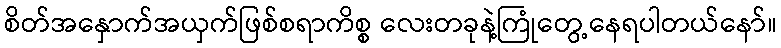
စိတ်အနှောက်အယှက်ဖြစ်စရာကိစ္စ လေးတခုနဲ့ကြုံတွေ့နေရပါတယ်နော်။